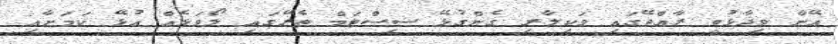
އޭނާ ވިދާޅުވީ ރާއްޖޭގައި ވަކިލާރި ގެންގުޅޭ ސިސްޓަމް ތެރޭގައި ލޯވަޅެއް އުޅޭ ކަމަށާއި